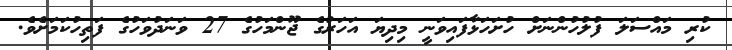
ކުރި މައްސަލަ ފުލުހުންނަށް ހުށަހަޅާފައިވަނީ މިދިޔަ އަހަރުގެ ޖޫންމަހުގެ 27 ވަނަދުވަހުގެ ފަތިހުކަމަށެވެ.